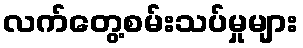
လက်တွေ့စမ်းသပ်မှုများ